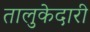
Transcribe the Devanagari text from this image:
तालुकेदारी